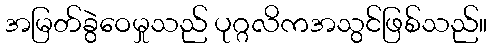
အမြတ်ခွဲဝေမှုသည် ပုဂ္ဂလိကအသွင်ဖြစ်သည်။